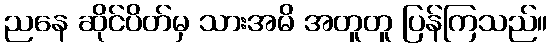
ညနေ ဆိုင်ပိတ်မှ သားအမိ အတူတူ ပြန်ကြသည်။